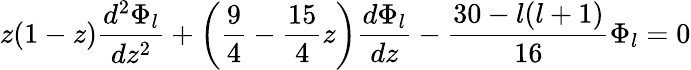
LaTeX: z(1-z)\frac{d^{2}\Phi_{{l}}}{dz^{2}}+\left(\frac 94-\frac{15}{4}z\right)\frac{d\Phi_{{l}}}{dz}-\frac{30-l(l+1)}{16}\Phi_{{l}}=0